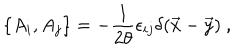
LaTeX: \{ A _ { i } , A _ { j } \} = - { \frac { 1 } { 2 \theta } } \epsilon _ { i j } \delta ( \vec { x } - \vec { y } ) ~ ,